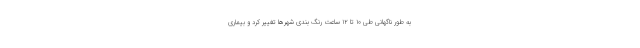
به طور ناگهانی طی ۱۰ تا ۱۲ ساعت رنگ بندی شهرها تغییر کرد و بیماری